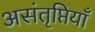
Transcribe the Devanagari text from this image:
असंतृप्तियाँ